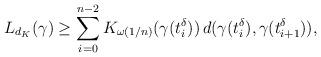
LaTeX: \begin{align*}L_{d_K}(\gamma)\geq \sum_{i=0}^{n-2} K_{\omega(1/n)}(\gamma(t_i^\delta))\, d(\gamma(t^\delta_i),\gamma(t^\delta_{i+1})),\end{align*}